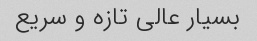
بسیار عالی تازه و سریع